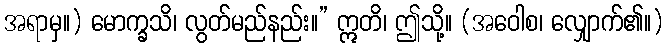
အရာမှ။) မောက္ခသိ၊ လွတ်မည်နည်း။” ဣတိ၊ ဤသို့။ (အဝေါစ၊ လျှောက်၏။)